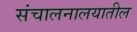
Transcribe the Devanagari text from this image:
संचालनालयातील